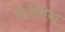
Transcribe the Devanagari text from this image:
सैलेशिया